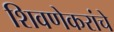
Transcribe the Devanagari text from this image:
शिवणेकरांचे